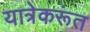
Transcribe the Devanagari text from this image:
यात्रेकरूंत